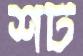
শর্ট